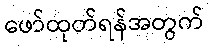
ဖော်ထုတ်ရန်အတွက်